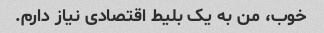
خوب، من به یک بلیط اقتصادی نیاز دارم.